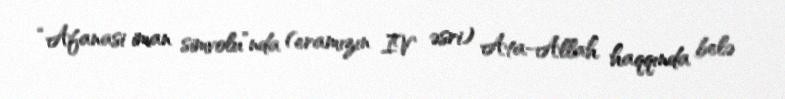
“Afanasi iman simvolu”nda (eramızın IV əsri) Ata-Allah haqqında belə